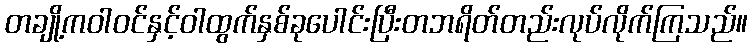
တချို့ကဝါဝင်နှင့်ဝါထွက်နှစ်ခုပေါင်းပြီးတဘရိတ်တည်းလုပ်လိုက်ကြသည်။